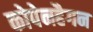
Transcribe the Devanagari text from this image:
कोपेनहैगन